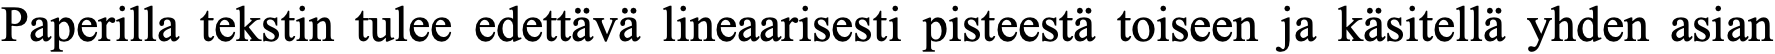
Paperilla tekstin tulee edettävä lineaarisesti pisteestä toiseen ja käsitellä yhden asian